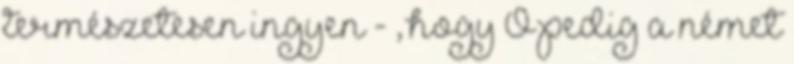
természetesen ingyen - , hogy Ő pedig a német